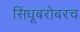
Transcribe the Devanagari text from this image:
सिंधूबरोबरच